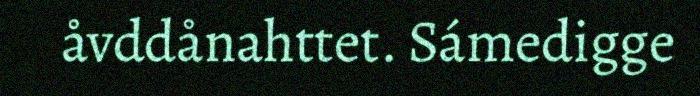
åvddånahttet. Sámedigge